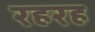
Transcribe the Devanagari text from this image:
रहरह